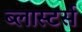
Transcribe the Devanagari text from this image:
ब्लास्टर्स